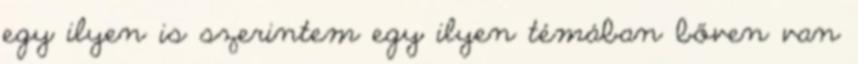
egy ilyen is szerintem egy ilyen témában bőven van